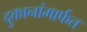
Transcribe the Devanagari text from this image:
दुकानांमार्फत